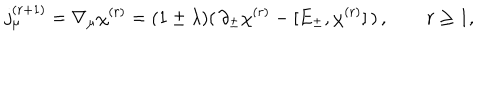
LaTeX: j _ { \mu } ^ { ( r + 1 ) } = \nabla _ { \mu } \chi ^ { ( r ) } = ( 1 \pm \lambda ) ( \, \partial _ { \pm } \chi ^ { ( r ) } - [ E _ { \pm } , \chi ^ { ( r ) } ] \, ) \, , \qquad r \geq 1 ,